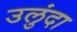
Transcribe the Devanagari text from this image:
उलुंदा